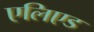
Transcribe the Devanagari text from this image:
एलिएड